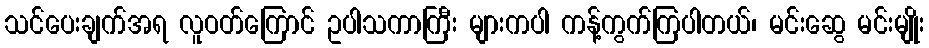
သင်ပေးချက်အရ လူဝတ်ကြောင် ဥပါသကာကြီး များကပါ ကန့်ကွက်ကြပါတယ်၊ မင်းဆွေ မင်းမျိုး